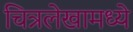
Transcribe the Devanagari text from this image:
चित्रलेखामध्ये